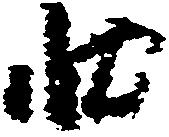
状